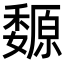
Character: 𡤍